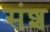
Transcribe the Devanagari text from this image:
संश